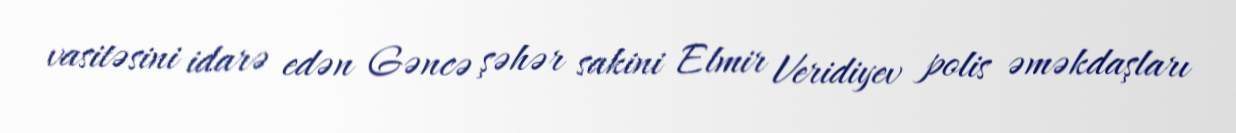
vasitəsini idarə edən Gəncə şəhər sakini Elmir Veridiyev polis əməkdaşları